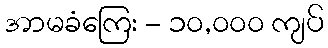
အာမခံကြေး - ၁၀,၀၀၀ ကျပ်